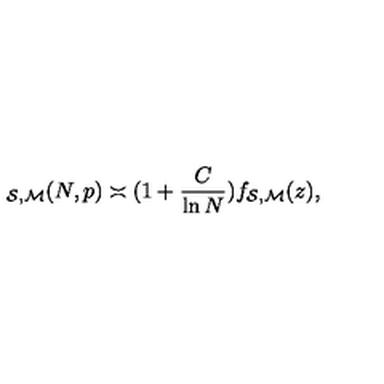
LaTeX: \protectu _ { { \cal { S } } , { \cal { M } } } ( N , p ) \asymp ( 1 + { \frac { C } { \ln N } } ) f _ { { \cal { S } } , { \cal { M } } } ( z ) ,